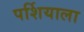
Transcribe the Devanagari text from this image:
पर्शियाला